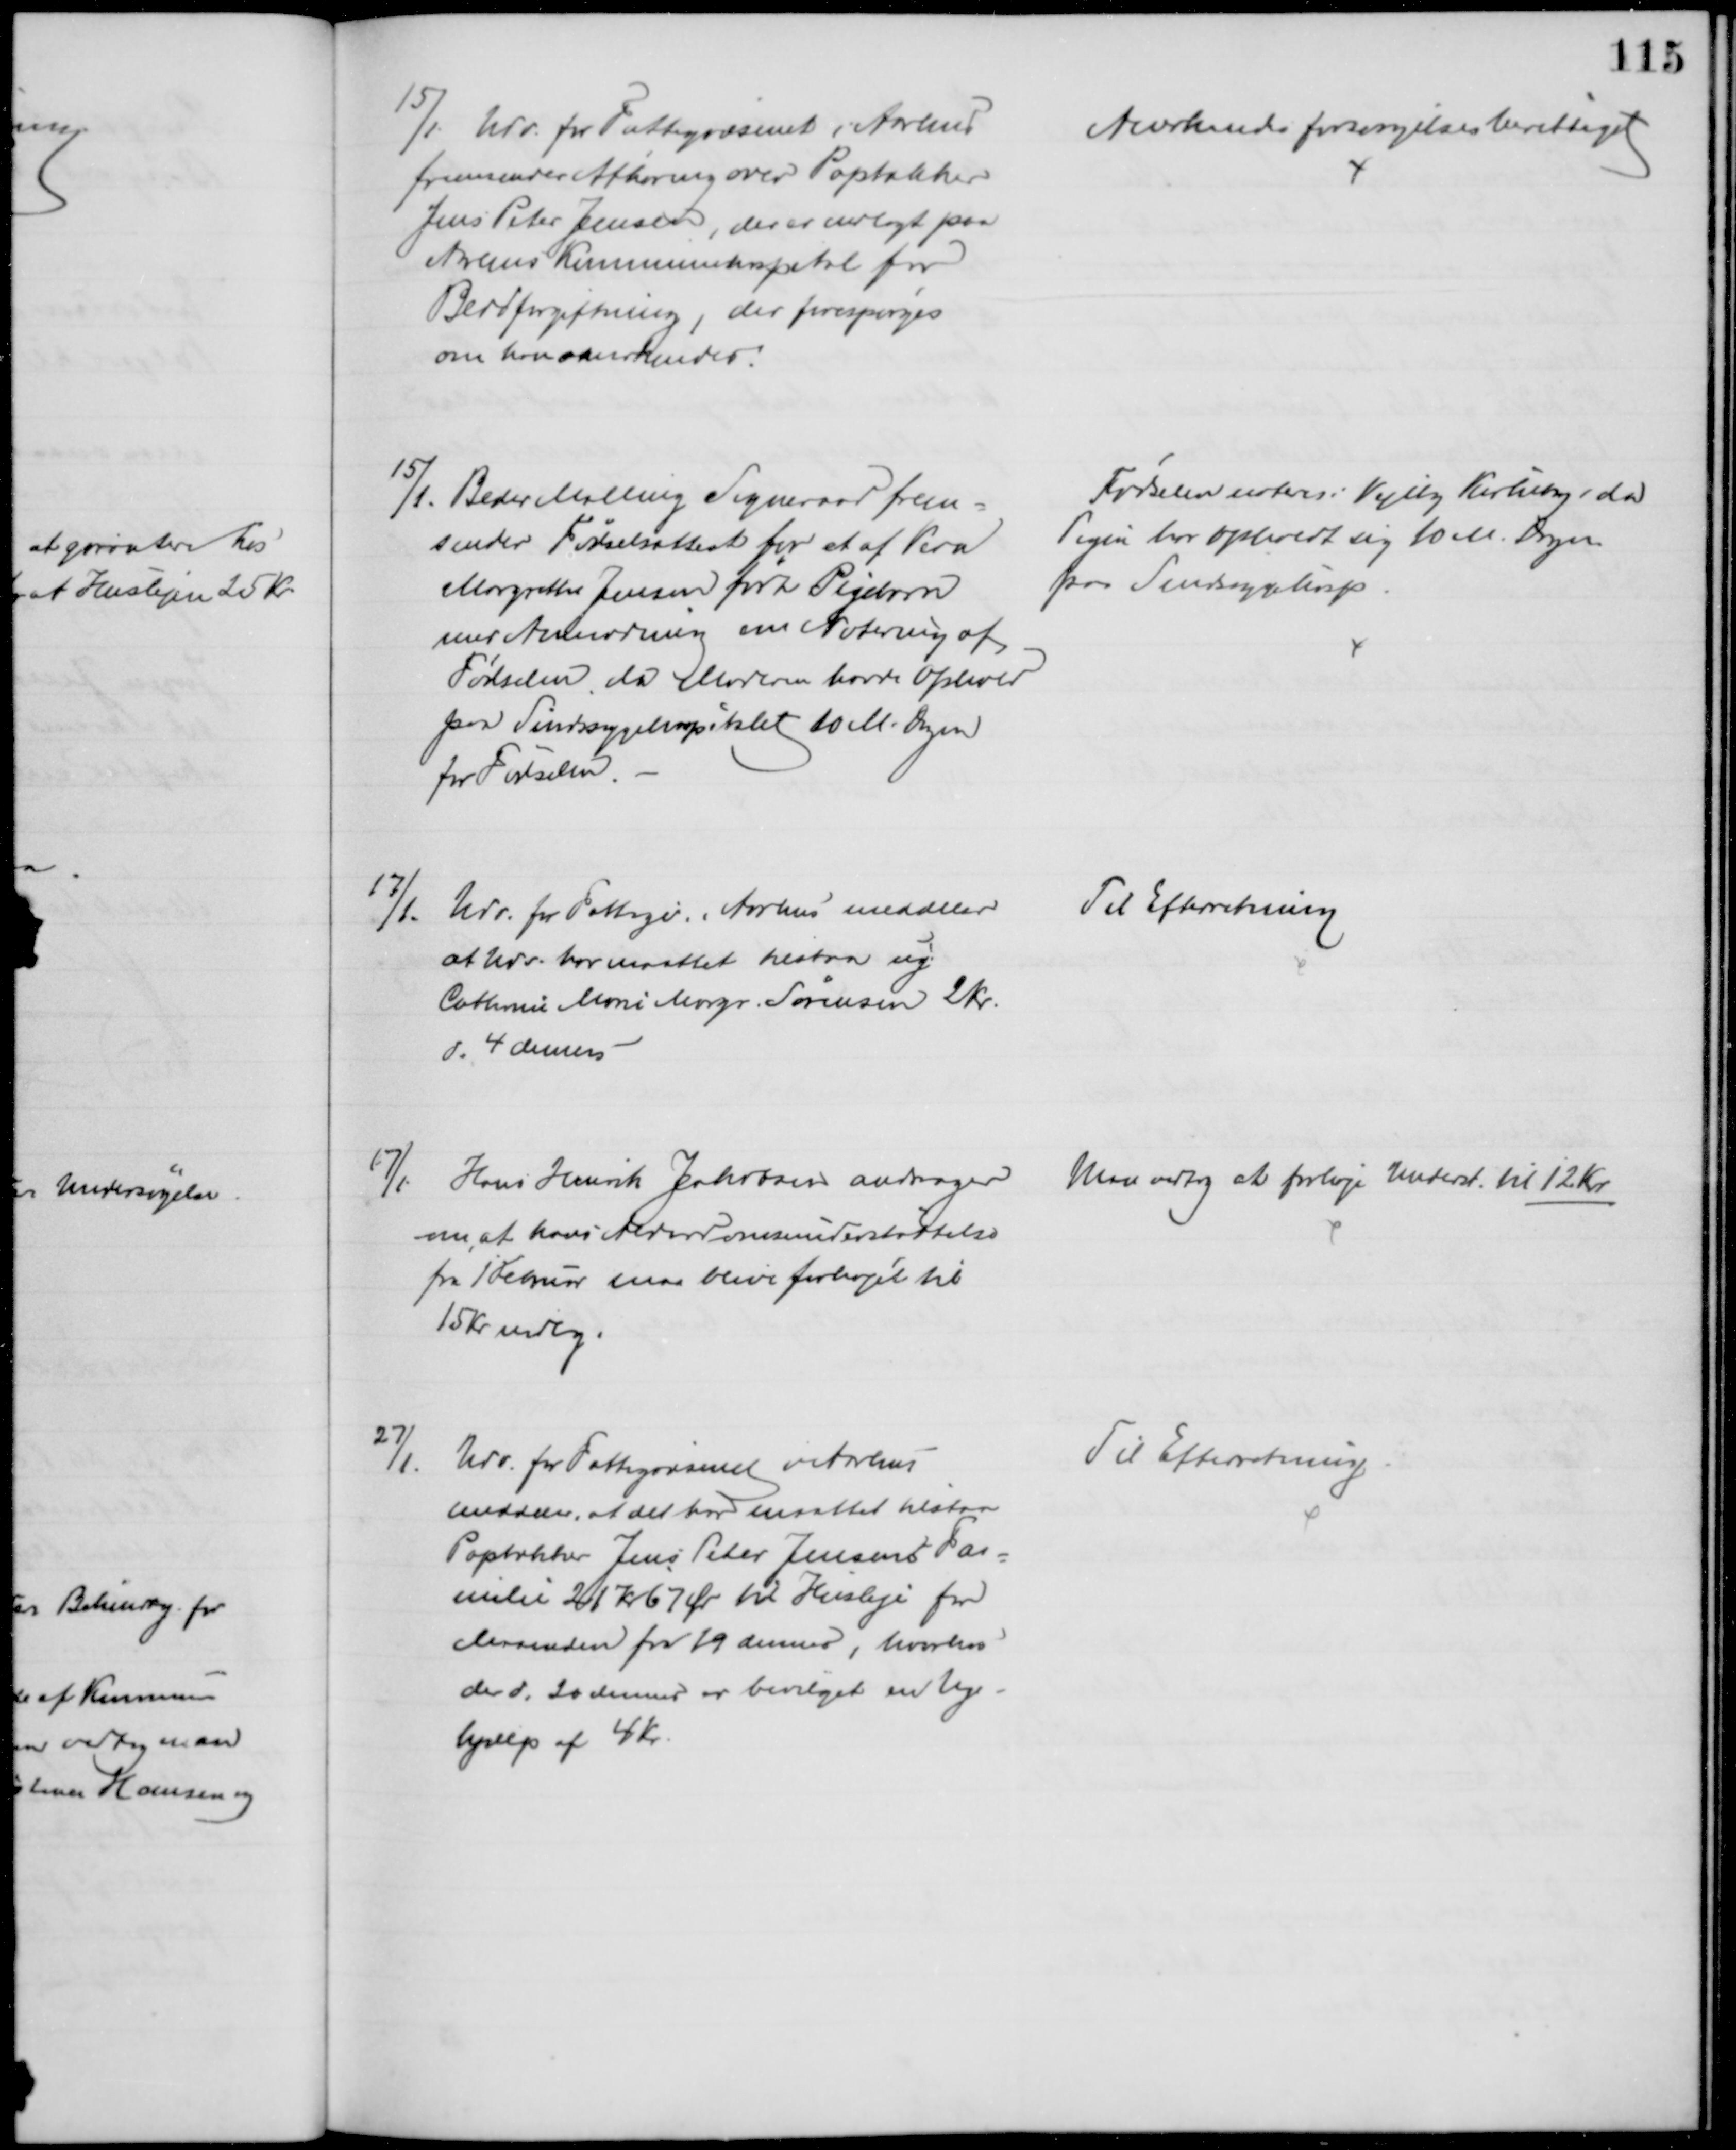
Transskription:
15/1. Udv. for Fattigvæsenet i Aarhus
fremsender Afhøring over Papdækker
Jens Peter Jensen, der er indlagt paa
Aarhus Kommunehospital for
Blodforgiftning, der forespørges
om han anerkendes.
Anerkendes forsørgelsesberettiget
15/1. Beder Malling Sogneraad frem=
sender Fødselsattest for et af Vera
Margrethe Jensen født Pigebarn
med Anmodning om Notering af
Fødselen, da Moderen havde Ophold
paa Sindssygehospitalet 10 M. Dagen
for Fødselen.
Fødselen noteres i Vejlby Kirkebog, da
Pigen har opholdt sig 10 M. Dagen
paa Sindssygehosp.
17/1.
Udv. for Fattigv. i Aarhus meddeler
at Udv. har maattet tilstaa ug.
Cathrine Marie Margr. Sørensen 2 kr.
d. 4 dennes
Til Efterretning
17/1 Hans Henrik Jakobsen andrager
om, at hans Alderdomsunderstøttelse
fra 1 Februar maa blive forhøjet til 
15 Kr mdlg.
Man vedtog at forhøje Underst til 12 Kr
27/1.
Udv. for Fattigvæsenet i Aarhus
meddeler, at det har maattet tilstaa
Papdækker Jens Peter Jensens Fa=
milie 21 Kr 67 Øre til Husleje for
Maaneden fra 19 dennes, hvorhos
der d. 20 dennes er bevilget en Uge-
hjælp af 4 Kr.
Til Efterretning.